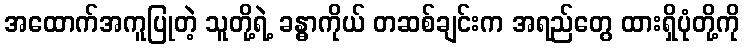
အထောက်အကူပြုတဲ့ သူတို့ရဲ့ ခန္ဓာကိုယ် တဆစ်ချင်းက အရည်တွေ ထားရှိပုံတို့ကို